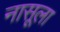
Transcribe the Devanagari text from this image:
नासूला